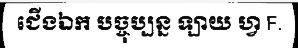
ជើងឯក បច្ចុប្បន្ន ឡាយ ហ្វ F.